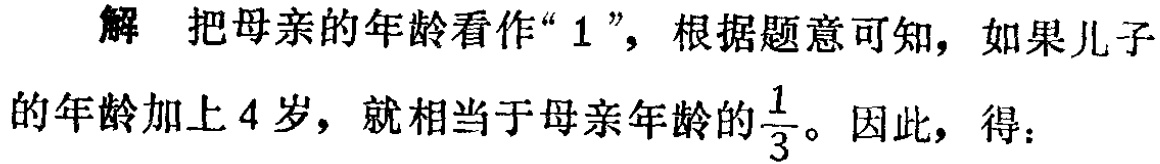
解 把母亲的年龄看作“$1$”，根据题意可知，如果儿子的年龄加上$4$岁，就相当于母亲年龄的$\frac{1}{3}$。因此，得：